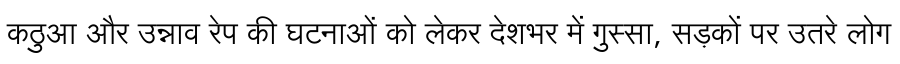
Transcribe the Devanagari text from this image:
कठुआ और उन्नाव रेप की घटनाओं को लेकर देशभर में गुस्सा, सड़कों पर उतरे लोग